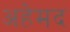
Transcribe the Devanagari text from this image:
अहेमद